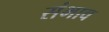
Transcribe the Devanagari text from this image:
संभाव